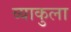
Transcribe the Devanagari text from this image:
व्याकुला